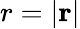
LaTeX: r=\left\vert\mathbf{r}\right\vert